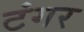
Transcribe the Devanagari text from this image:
टंगर